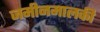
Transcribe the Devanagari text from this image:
जमीनमालकी